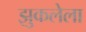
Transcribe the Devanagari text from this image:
झुकलेला